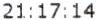
21:17:14